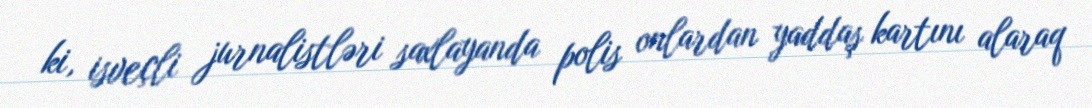
ki, isveçli jurnalistləri saxlayanda polis onlardan yaddaş kartını alaraq